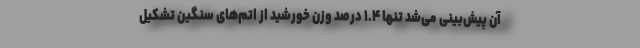
آن پیش‌بینی می‌شد تنها ۱.۴ درصد وزن خورشید از اتم‌های سنگین تشکیل